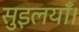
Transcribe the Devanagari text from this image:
सुइलयाँ।